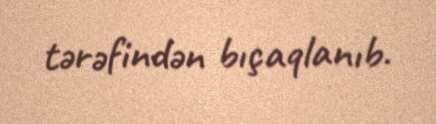
tərəfindən bıçaqlanıb.